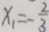
x _ { 1 } = - \frac { 2 } { 3 }